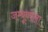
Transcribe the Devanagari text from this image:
जम्बूकोला